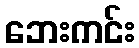
ဘေးကင်း